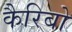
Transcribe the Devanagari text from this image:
कैरिबो